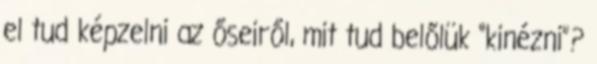
el tud képzelni az őseiről, mit tud belőlük “kinézni”?